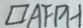
\square A F P H